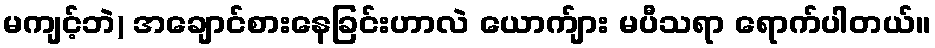
မကျင့်ဘဲ) အချောင်စားနေခြင်းဟာလဲ ယောက်ျား မပီသရာ ရောက်ပါတယ်။